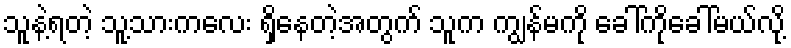
သူနဲ့ရတဲ့ သူ့သားကလေး ရှိနေတဲ့အတွက် သူက ကျွန်မကို ခေါ်ကိုခေါ်မယ်လို့